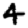
Digit: 4